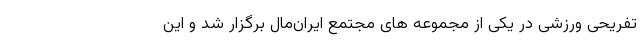
تفریحی ورزشی در یکی از مجموعه های مجتمع ایران‌مال برگزار شد و این